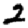
Digit: 2